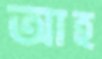
আহ